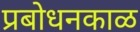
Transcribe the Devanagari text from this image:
प्रबोधनकाळ